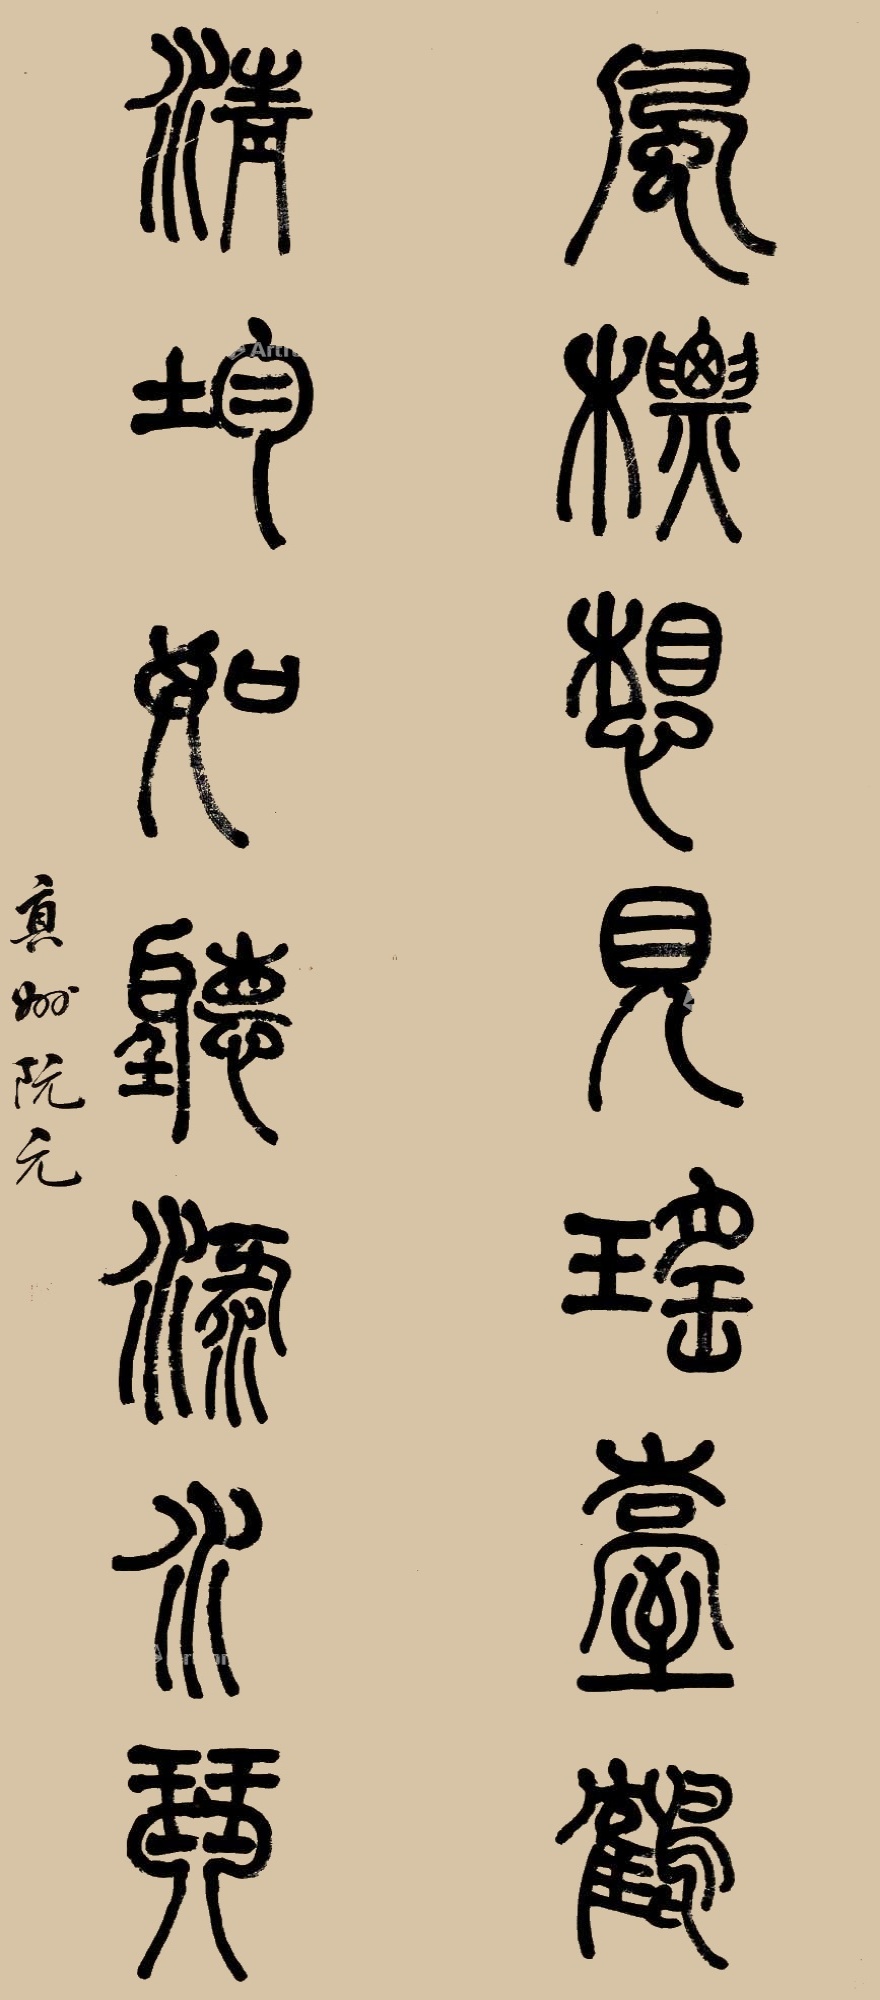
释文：风标想见瑶台鹤,清均如听渌水琴。真州阮元。